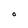
Character: O